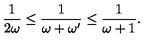
\frac { 1 } { 2 \omega } \leq \frac { 1 } { \omega + \omega ^ { \prime } } \leq \frac { 1 } { \omega + 1 } .